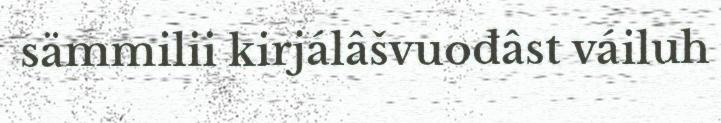
sämmilii kirjálâšvuođâst váiluh